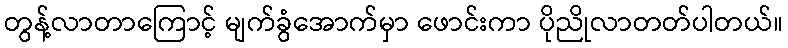
တွန့်လာတာကြောင့် မျက်ခွံအောက်မှာ ဖောင်းကာ ပိုညိုလာတတ်ပါတယ်။